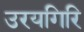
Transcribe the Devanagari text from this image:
उरयगिरि